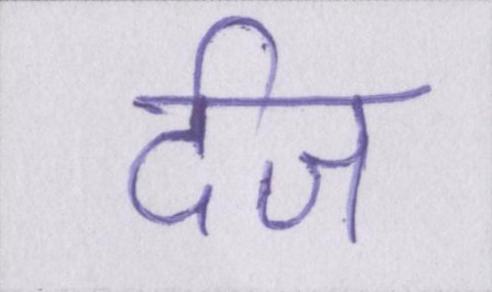
र्दज